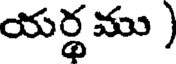
యర్థము )